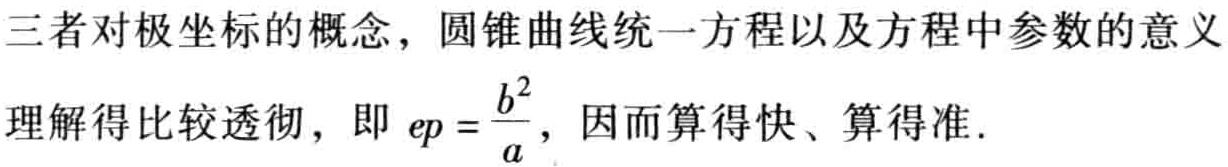
三者对极坐标的概念，圆锥曲线统一方程以及方程中参数的意义
理解得比较透彻，即 \(ep = \frac{b^{2}}{a}\)，因而算得快、算得准.